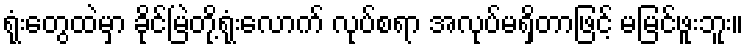
ရုံးတွေထဲမှာ ခိုင်မြဲတို့ရုံးလောက် လုပ်စရာ အလုပ်မရှိတာဖြင့် မမြင်ဖူးဘူး။